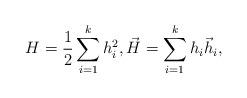
LaTeX: \begin{align*}H = \frac{1}{2}\sum_{i=1}^k h_i^2, \vec{H} = \sum_{i=1}^k h_i \vec{h}_i,\end{align*}